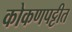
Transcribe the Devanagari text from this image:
कोकणपट्टीत